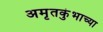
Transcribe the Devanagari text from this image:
अमृतकुंभाच्या